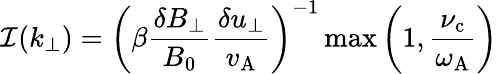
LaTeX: \mathcal{I}(k_{\perp})=\left(\beta\frac{\delta B_{\perp}}{B_{0}}\frac{\delta u_{\perp}}{v_{\mathrm{A}}}\right)^{-1}\operatorname*{max}\left(1,\frac{\nu_{\mathrm{c}}}{\omega_{\mathrm{A}}}\right)